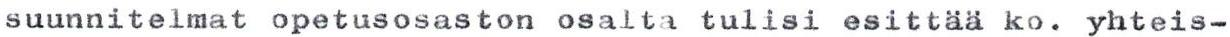
suunnitelmat opetusosaston osalta tulisi esittää ko. yhteis-